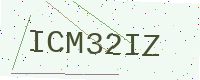
Text: ICM32IZ